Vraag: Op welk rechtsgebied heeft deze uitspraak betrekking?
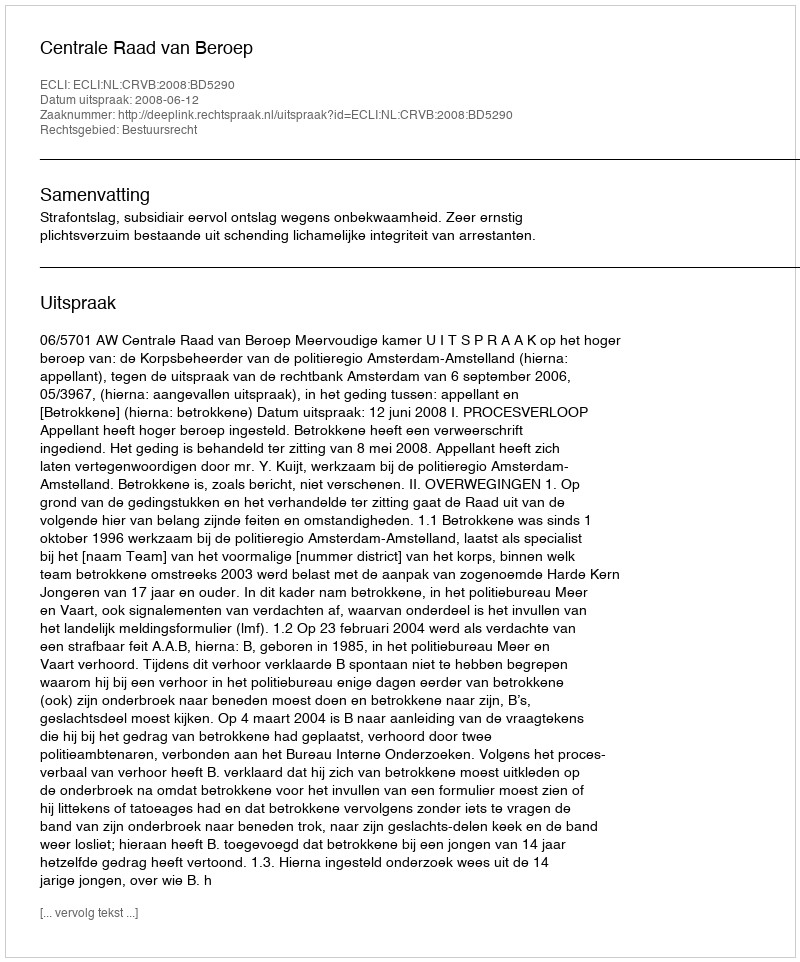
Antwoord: Bestuursrecht